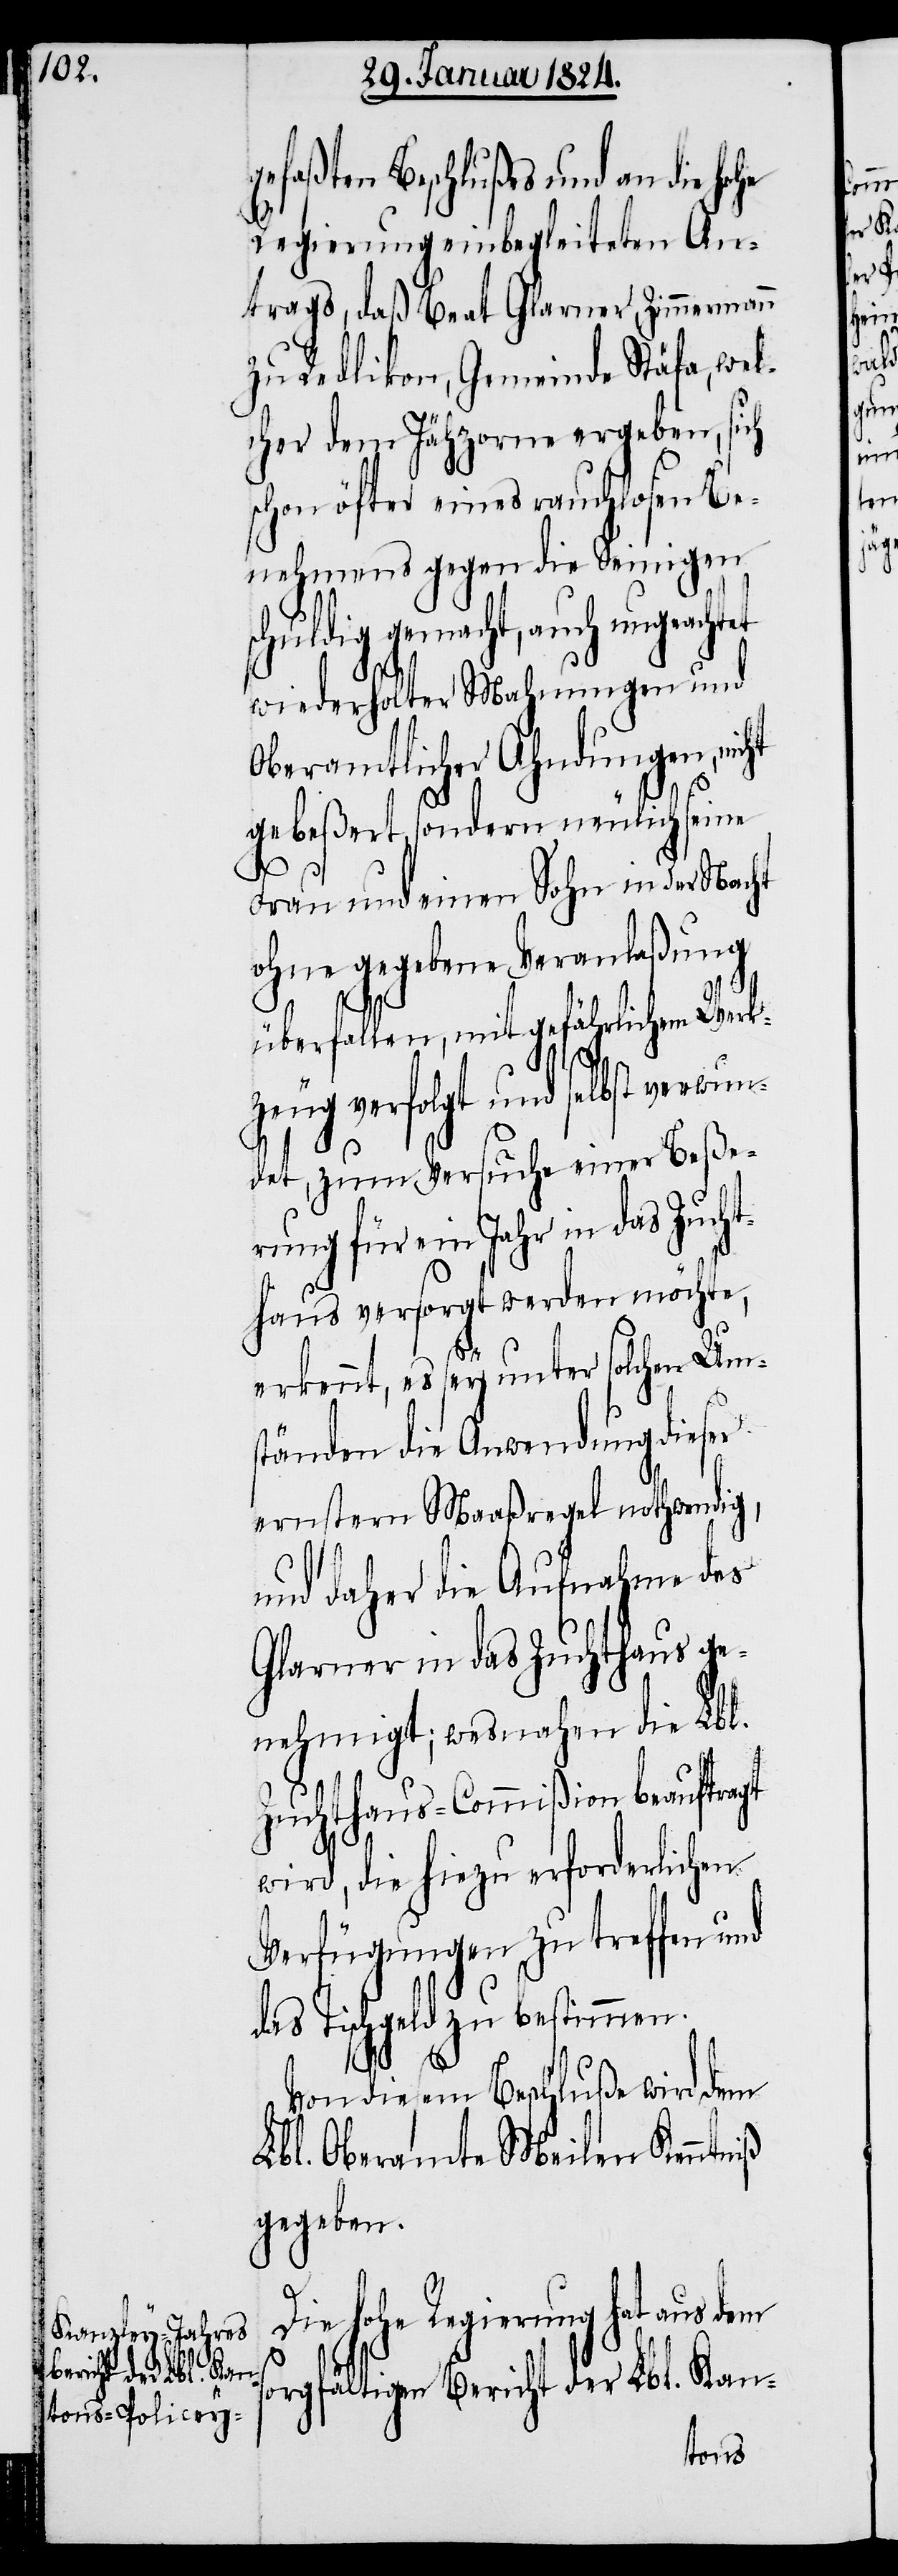
gefaßten Beschlußes und an die hohe
Regierung einbegleiteten An¬
trags, daß Beat Glarner Zimmermann
zu Redlikon, Gemeinde Stäfa, wel¬
cher dem Jähzorne ergeben, sich
schon öfter eines rauchlosen Be¬
nehmens gegen die Seinigen
schuldig gemacht, auch ungeachtet
wiederholter Mahnungen und
Oberamtlicher Ahndungen, nicht
gebeßert, sondern neulich seine
Frau und einen Sohn in der Nacht
ohne gegebene Veranlaßung
überfallen, mit gefährlichem Werk¬
zeug verfolgt und selbst verwun¬
det, zum Versuche einer Beße¬
rung für ein Jahr in das Zucht¬
haus versorgt werden möchte,
erkennt, es sey unter solchen Ums¬
tänden die Anwendung dieser
ernsten Maaßregel nothwendig,
und daher die Aufnahme des
Glarner in das Zuchthaus ge¬
nehmigt; wesnahen die Lbl.
Zuchthaus-Commißion beauftragt
wird, die hiezu erforderlichen
Verfügungen zu treffen und
das Tischgeld zu bestimmen.
Von diesem Beschluße wird dem
Lbl. Oberamte Meilen Kenntniß
gegeben.
Die hohe Regierung hat aus dem
sorgfältigen Bericht der Lbl. Kan-